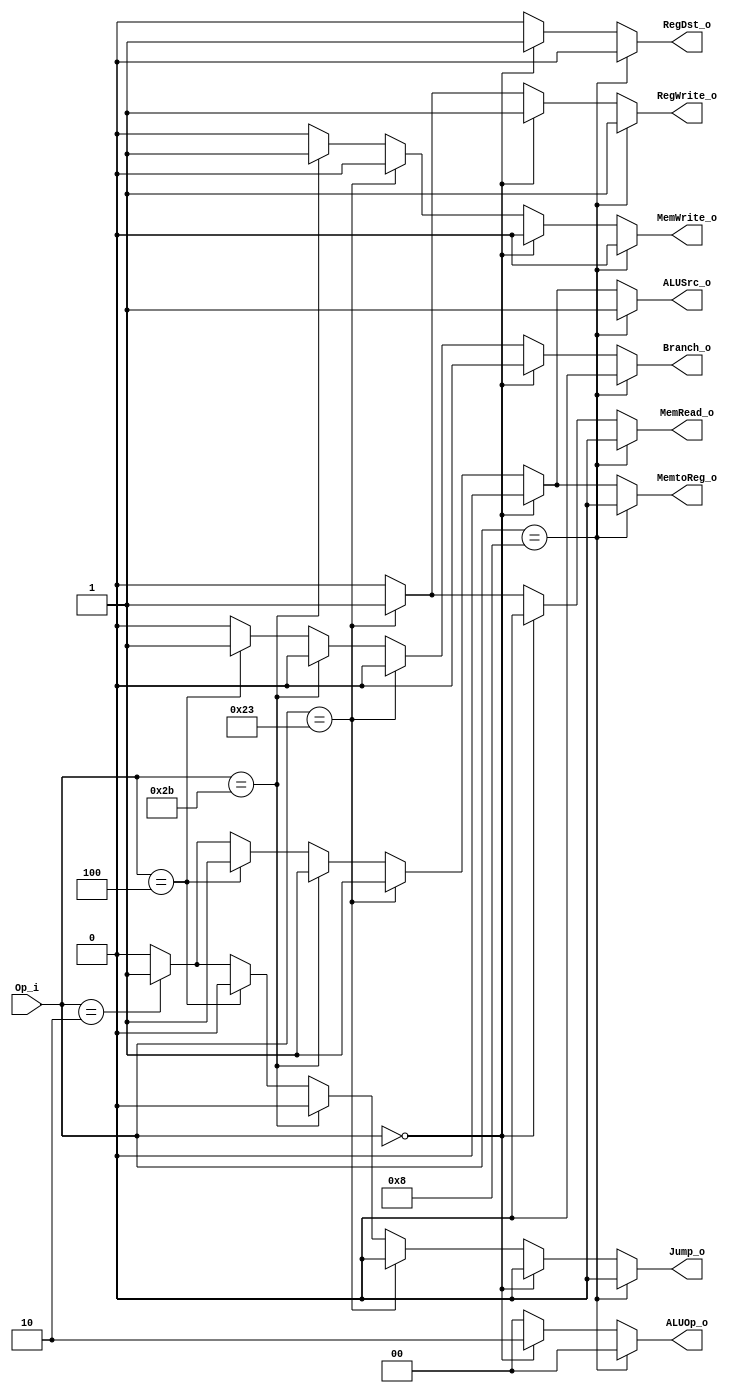
module Control // for only R-type & addi
(
    Op_i,
    RegDst_o,
    ALUOp_o,
    ALUSrc_o,
    RegWrite_o,
    MemWrite_o,
    MemRead_o,
    MemtoReg_o,
    Branch_o,
    Jump_o
);

// Ports
input	[5:0]			Op_i; // from wire_inst[31:26]
output				RegDst_o;
output	[1:0]			ALUOp_o;
output				ALUSrc_o;
output				RegWrite_o;
output				MemWrite_o;
output				MemRead_o;
output				MemtoReg_o;
output				Branch_o;
output				Jump_o;

// Wires & Registers
reg				RegDst_o;
reg		[1:0]		ALUOp_o;
reg				ALUSrc_o;
reg				RegWrite_o;
reg				MemWrite_o;
reg				MemRead_o;
reg				MemtoReg_o;
reg				Branch_o;
reg				Jump_o;


always@(*) begin
    if(Op_i == 6'b001000) begin // addi
        RegDst_o = 0;
	ALUOp_o = 2'b00;
	ALUSrc_o = 1;
	RegWrite_o = 1;
	MemWrite_o = 0;
	MemRead_o = 0;
	MemtoReg_o = 0; 
   	Branch_o = 0;
   	Jump_o = 0;
    end
    else if (Op_i == 6'b000000) begin // R-type
        RegDst_o = 1;
	ALUOp_o = 2'b10;
	ALUSrc_o = 0;
	RegWrite_o = 1;
	MemWrite_o = 0;
	MemRead_o = 0;
	MemtoReg_o = 0;
   	Branch_o = 0;
   	Jump_o = 0;
    end
    else if (Op_i == 6'b100011) begin // lw instruction
        RegDst_o = 0;
	ALUOp_o = 2'b00;
	ALUSrc_o = 1;
	RegWrite_o = 1;
	MemWrite_o = 0;
	MemRead_o = 1;
	MemtoReg_o = 1;
   	Branch_o = 0;
   	Jump_o = 0;
    end
    else if (Op_i == 6'b101011) begin // sw instruction
        RegDst_o = 0;
	ALUOp_o = 2'b00;
	ALUSrc_o = 1;
	RegWrite_o = 0;
	MemWrite_o = 1;
	MemRead_o = 0;
	MemtoReg_o = 1;
   	Branch_o = 0;
   	Jump_o = 0;
    end
    else if (Op_i == 6'b000100) begin // beq instruction
        RegDst_o = 0; // don't care
	ALUOp_o = 2'b00; // don't care
	ALUSrc_o = 1; // don't care
	RegWrite_o = 0;
	MemWrite_o = 0;
	MemRead_o = 0;
	MemtoReg_o = 1; // don't care
   	Branch_o = 1;
   	Jump_o = 0;
    end
    else if (Op_i == 6'b000010) begin // j instruction
        RegDst_o = 0; // don't care
	ALUOp_o = 2'b00; // don't care
	ALUSrc_o = 1; // don't care
	RegWrite_o = 0;
	MemWrite_o = 0;
	MemRead_o = 0;
	MemtoReg_o = 1; // don't care
   	Branch_o = 0;
   	Jump_o = 1;
    end
    else begin // just do something
        RegDst_o = 0;
	ALUOp_o = 2'b00;
	ALUSrc_o = 0;
	RegWrite_o = 0;
	MemWrite_o = 0;
	MemRead_o = 0;
	MemtoReg_o = 0;
   	Branch_o = 0;
   	Jump_o = 0;
    end

    $display("[Control]Op_i = %b, MemtoReg_o = %b\n", Op_i, MemtoReg_o);
end

endmodule